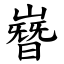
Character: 嶜